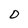
Character: 0